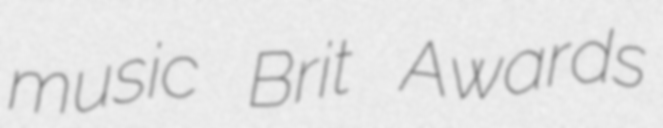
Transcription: music Brit Awards